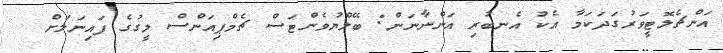
އަންޗެލޮޓީވަރުގަދަކަމާ އެކު އެނބުރި އަންނާނަން: ބޭލްޔުވެންޓަސް ޗެމްޕިއަންސް ލީގުގެ ފައިނަލަށް